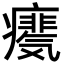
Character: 𪽺